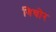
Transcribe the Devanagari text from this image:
बिचोर